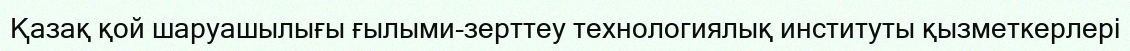
Қазақ қой шаруашылығы ғылыми-зерттеу технологиялық институты қызметкерлері